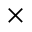
\times